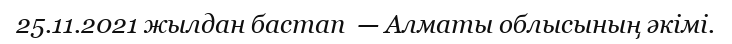
25.11.2021 жылдан бастап  — Алматы облысының әкімі.